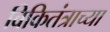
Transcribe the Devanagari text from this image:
विकितंत्राच्या